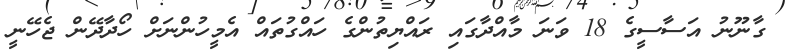
ގާނޫނު އަސާސީގެ 18 ވަނަ މާއްދާގައި ރައްޔިތުންގެ ހައްގުތައް އެމީހުންނަށް ހޯދާދޭން ޖެހޭނީ